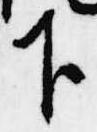
下